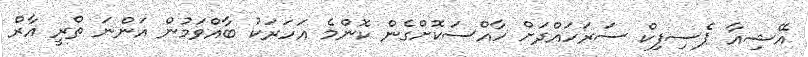
އޭޝިއާ ޕެސިފިކް ސަރަހައްދަށް ހާއްސަކޮށްގެން ކޮންމެ އަހަރަކު ބާއްވަމުން އަންނަ ތްރީ އާރް